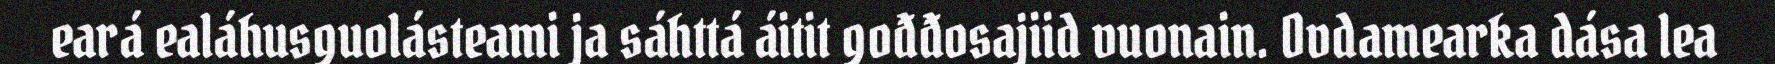
eará ealáhusguolásteami ja sáhttá áitit gođđosajiid vuonain. Ovdamearka dása lea